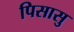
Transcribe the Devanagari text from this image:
पिसासु